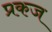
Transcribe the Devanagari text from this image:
प्रकज